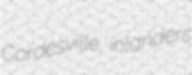
Cordesville inlanders